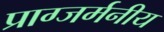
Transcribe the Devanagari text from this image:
प्राग्जर्मनीय